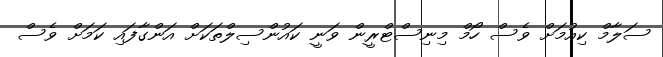
ސަލާމް ކިއުމަށް ވެސް ހޯމް މިނިސްޓްރީން ވަނީ ކައުންސިލްތަކަށް އަންގާފައި ކަމަށް ވެސް